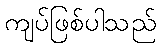
ကျပ်ဖြစ်ပါသည်